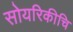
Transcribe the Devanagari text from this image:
सोयरिकीचि